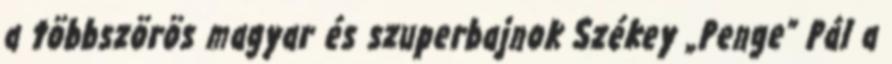
a többszörös magyar és szuperbajnok Székey „Penge” Pál a